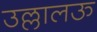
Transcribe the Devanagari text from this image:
उल्लालऊ